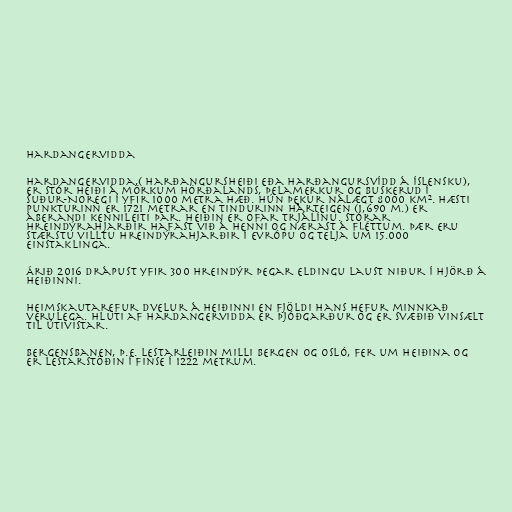
Hardangervidda

Hardangervidda,( Harðangursheiði eða Harðangursvídd á íslensku),
er stór heiði á mörkum Hörðalands, Þelamerkur og Buskerud í
suður-Noregi í yfir 1000 metra hæð. Hún þekur nálægt 8000 km². Hæsti
punkturinn er 1721 metrar en tindurinn Hårteigen (1,690 m.) er
áberandi kennileiti þar. Heiðin er ofar trjálínu. Stórar
hreindýrahjarðir hafast við á henni og nærast á fléttum. Þær eru
stærstu villtu hreindýrahjarðir í Evrópu og telja um 15.000
einstaklinga.

Árið 2016 drápust yfir 300 hreindýr þegar eldingu laust niður í hjörð á
heiðinni.

Heimskautarefur dvelur á heiðinni en fjöldi hans hefur minnkað
verulega. Hluti af Hardangervidda er þjóðgarður og er svæðið vinsælt
til útivistar.

Bergensbanen, þ.e. lestarleiðin milli Bergen og Osló, fer um heiðina og
er lestarstöðin í Finse í 1222 metrum.